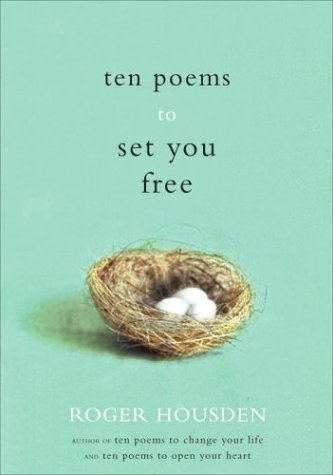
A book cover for Ten Poems to Set You Free; Roger Housden; Literature & Fiction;